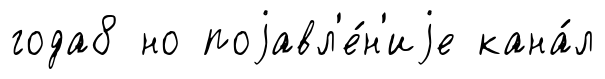
года8 но поjавл'е́н'иjе кана́л